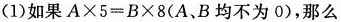
（1） 如果$$A\times 5＝B\times 8$$(A、B均不为0），那么